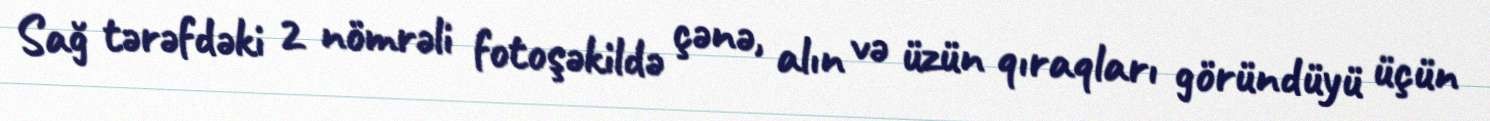
Sağ tərəfdəki 2 nömrəli fotoşəkildə çənə, alın və üzün qıraqları göründüyü üçün